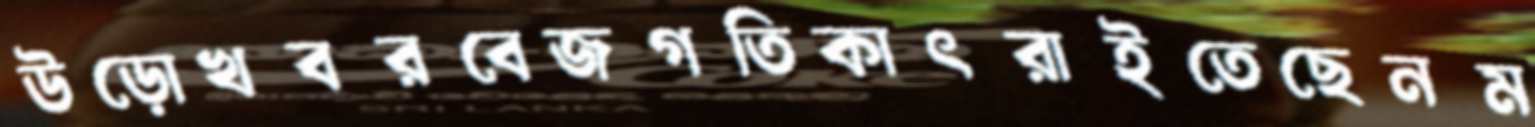
উড়োখবরবেজগতিকাৎরাইতেছেনম